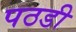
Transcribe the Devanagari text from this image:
पठडी